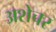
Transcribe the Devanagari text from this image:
अशेचर